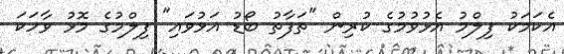
އެކަމަކު ފިލްމު އެޅުވުމުގެ ކުރިން "ތަފާތު ބޯޑު އަޅުވައި" ފިލްމުގެ މޮޅު ވާހަކަ